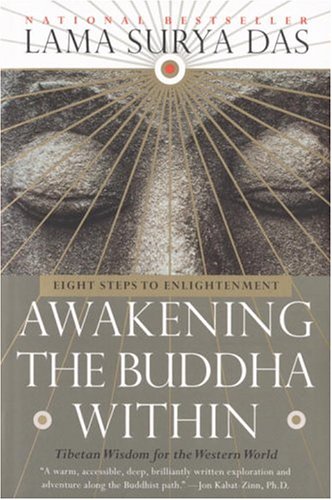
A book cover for Awakening the Buddha Within: Tibetan Wisdom for the Western World; Lama Surya Das; Politics & Social Sciences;